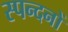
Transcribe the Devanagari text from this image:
स्पन्दनों